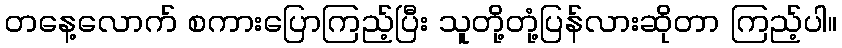
တနေ့လောက် စကားပြောကြည့်ပြီး သူတို့တုံ့ပြန်လားဆိုတာ ကြည့်ပါ။